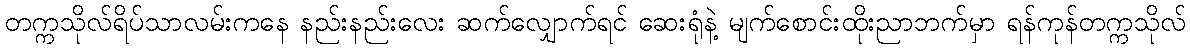
တက္ကသိုလ်ရိပ်သာလမ်းကနေ နည်းနည်းလေး ဆက်လျှောက်ရင် ဆေးရုံနဲ့ မျက်စောင်းထိုးညာဘက်မှာ ရန်ကုန်တက္ကသိုလ်